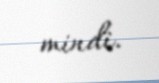
mindi.